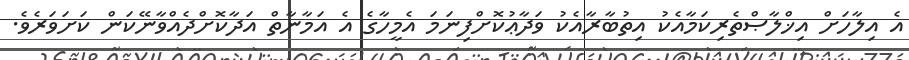
އެ އިލާހަށް އިޚްލާޞްތެރިކަމާއެކު އިތުބާރާއެކު ވަދާޢުކޮށްފިނަމަ އެމީހާގެ އެ އަމާނާތް އަދާކޮށްދެއްވާނޭކަން ކަށަވަރެވެ.